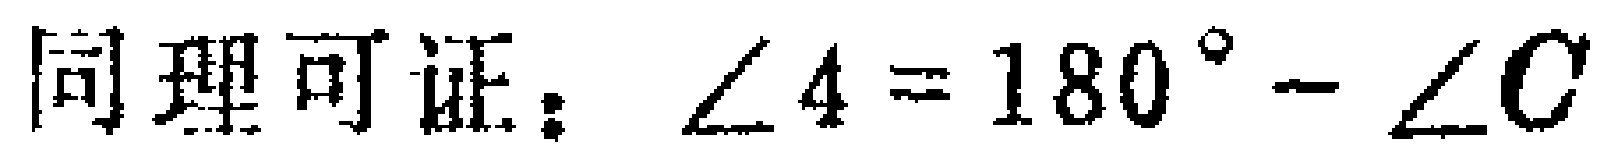
同理可证：$\angle 4 = 180^{\circ}-\angle C$